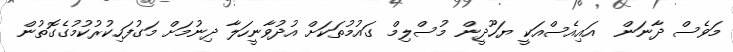
މަވެސް ދާނަން  އައިއެސްއަކީ ޔަހޫދީން މުސްލިމް ގައުމުތަކަށް އުދުވާނީހަަލާ ދިނުމަށް މަގުފަހިކުރުކުމުގެގޮތުން